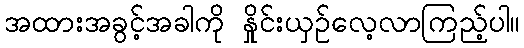
အထားအခွင့်အခါကို နှိုင်းယှဉ်လေ့လာကြည့်ပါ။